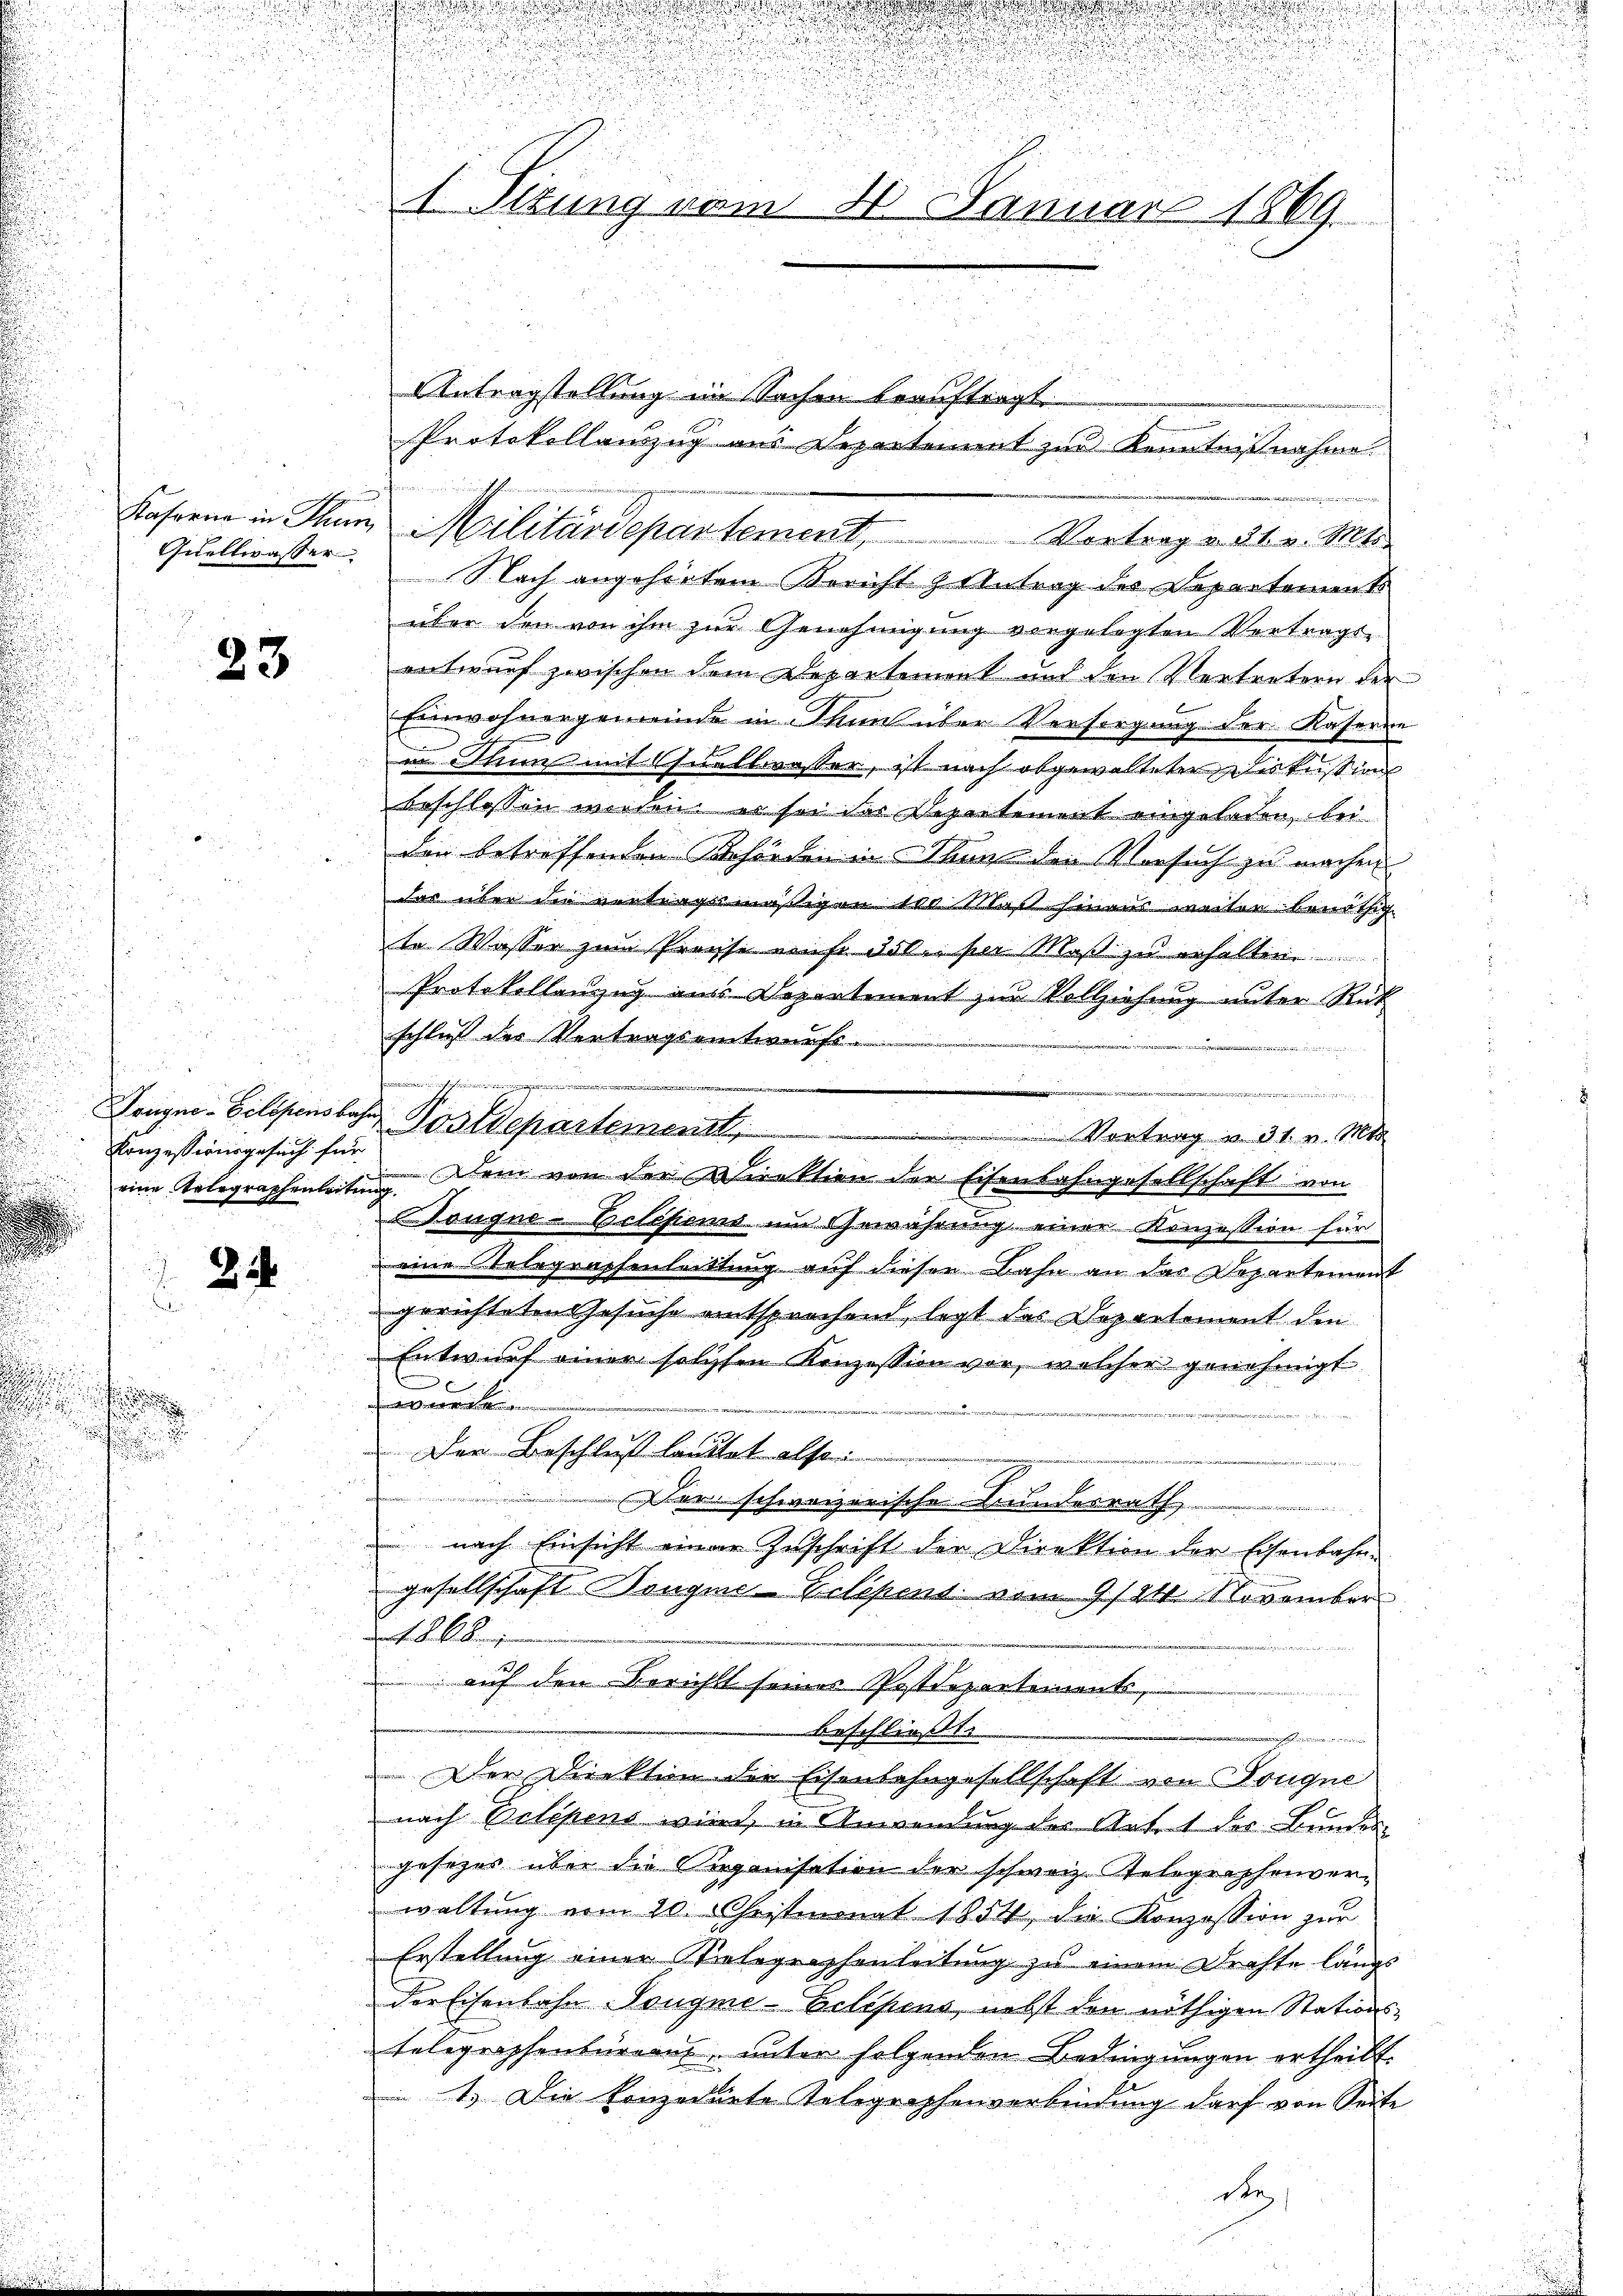
.
.
.

e

i

Quellwasser

23

Konzessionsgesuch für

24

1. Situng vom 20. Januar 1869.

u

Tongno-Gelegensbahr Postdepartement,

Antragstellung im Sachen beauftragt.
Protokollanzug aus Departement zur Kenntnißnahme

Kaserne in Cham Militärdepartement. Vortrag v. 21. v. Mts.
Nach angehörtem Bericht & Antrag des Departement
über den von ihm zur Genehmigung vorgelegten Vortrags-
entwurf zwischen dem Departement und den Vertretern der
Einwohnergemeinde in Thun über Versorgung der Kaseren
in Thun mit Quellwasser, ist nach abgewalteter Diskussion
beschlossen werden, es sei des Departement eingeladen, bei
den betreffenden Behörden in Thurs den Versuch zu machen
das über die vortragsmäßigen 100 Maß hinaus weiter benöthig
te Wasser zum Propse einse 300 per Maß zu erhalten
Protokollanzug aus Departement zur Vollziehung unter Rück
schluß der Vertragsentwurfs.
u. J. finde aber die
e
.
eine Telegraphenleitung. Dein von der Direktion der Eisenbahngesellschaft von
Dongne-Eclesiens um Gewährung einer Konzession für
eine Telegraphenlattung auf dieser Bahn an das Departemont
gerichteten Gesuche entsprochend, legt das Departement den
Entwurf einer solchten Konzession vor, welcher genehmigt
:
oneren
Der Beschluß lautet also
 er schweizerische Bundesrath

 nach Einsicht einer Zuschrift der Direktion der Eisenbahn-
Gesellschaft Dongme-Zelépens vom 9/24. November
180 b
auf den Bericht seines Postdepartements,
beschließt:
n
Der Direktion der Eisenbahngesellschaft von Dougne
nach Velopens wird, in Anwendung der Artet der Bundes
gesezes über die Organisation der schweiz. Telegraphenverwaltung vom 20. Christmonat 1854 die Konzession zur
Erstellung einer Wielographenleitung zu einem Drahte langs
der Eisenbahn Taugme-Eclipens, nebst den nöthigen Stationstelegraphenbüreau unter folgenden Bedingungen ertheilt.
1.) Die Konzedirte Telegraphenverbindung darf von Seite
dee

Vortrag v. 31. v. Mts